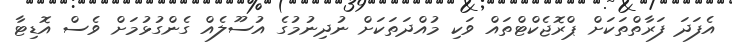
އެފަދަ ފަރާތްތަކަށް ޕްރޮޖެކްޓްތައް ވަކި މުއްދަތަކަށް ނުދިނުމުގެ އުސޫލެއް ގެންގުޅުމަށް ވެސް އޮޑިޓާ